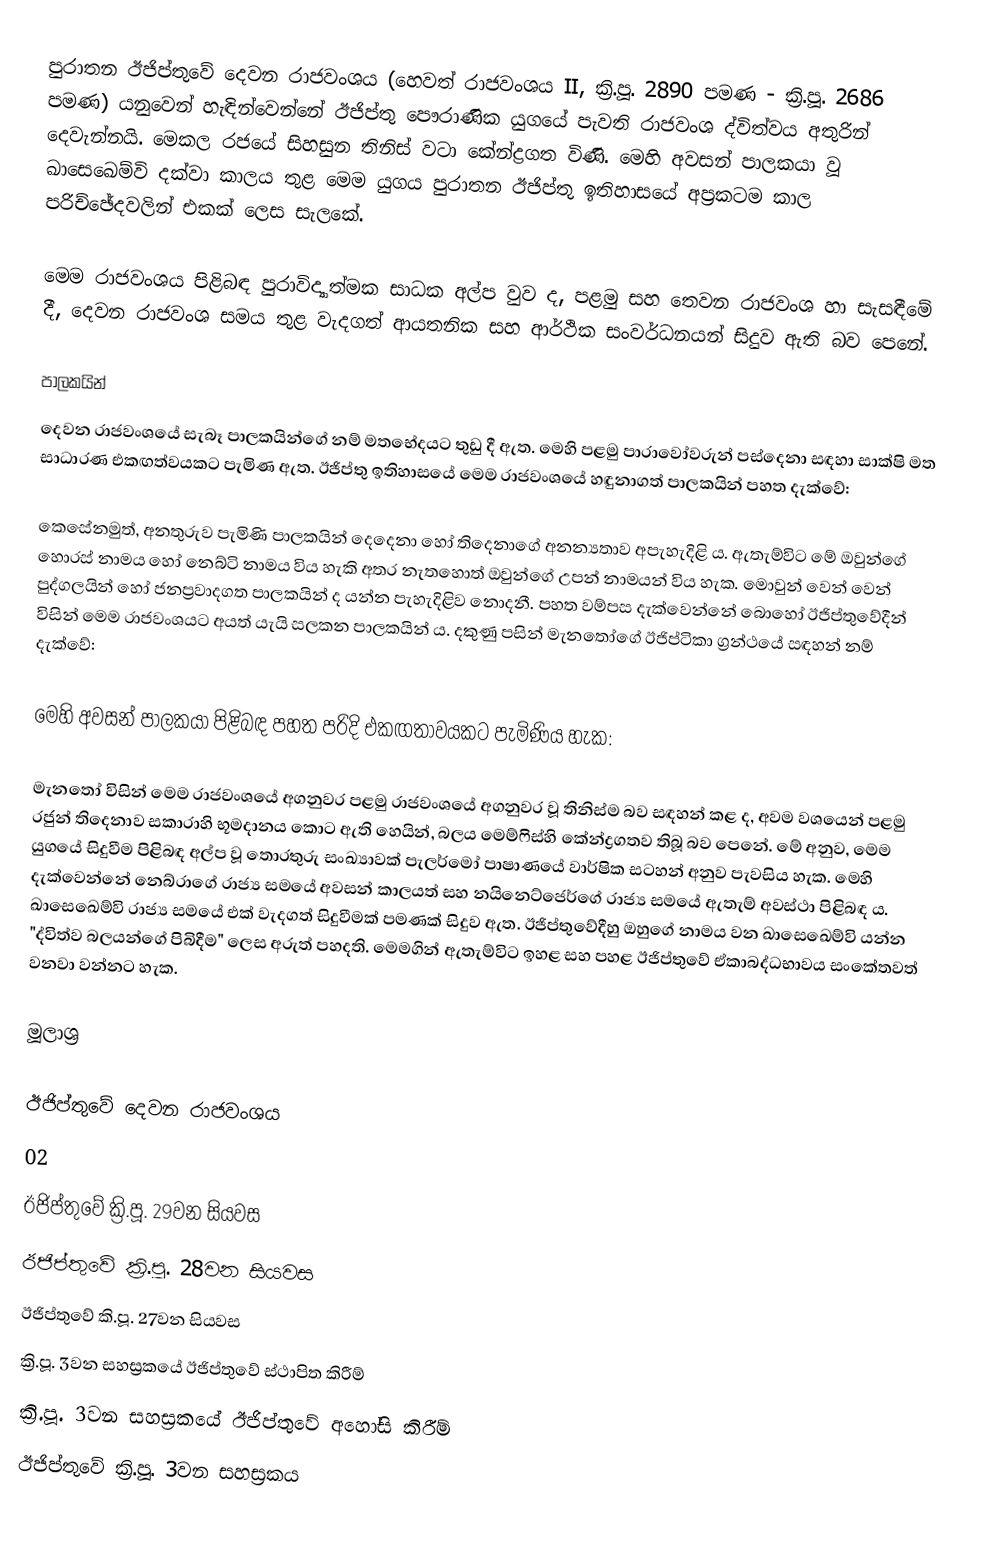
පුරාතන ඊජිප්තුවේ දෙවන රාජවංශය (හෙවත් රාජවංශය II, ක්‍රි.පූ. 2890 පමණ - ක්‍රි.පූ. 2686 පමණ) යනුවෙන් හැඳින්වෙන්නේ ඊජිප්තු පෞරාණික යුගයේ පැවති රාජවංශ ද්විත්වය අතුරින් දෙවැන්නයි. මෙකල රජයේ සිහසුන තිනිස් වටා කේන්ද්‍රගත විණි. මෙහි අවසන් පාලකයා වූ ඛාසෙඛෙම්වි දක්වා කාලය තුළ මෙම යුගය පුරාතන ඊජිප්තු ඉතිහාසයේ අප්‍රකටම කාල පරිච්ඡේදවලින් එකක් ලෙස සැලකේ.

මෙම රාජවංශය පිළිබඳ පුරාවිද්‍යාත්මක සාධක අල්ප වුව ද, පළමු සහ තෙවන රාජවංශ හා සැසඳීමේ දී, දෙවන රාජවංශ සමය තුළ වැදගත් ආයතනික සහ ආර්ථික සංවර්ධනයන් සිදුව ඇති බව පෙනේ.

පාලකයින්
දෙවන රාජවංශයේ සැබෑ පාලකයින්ගේ නම් මතභේදයට තුඩු දී ඇත. මෙහි පළමු පාරාවෝවරුන් පස්දෙනා සඳහා සාක්ෂි මත සාධාරණ එකඟත්වයකට පැමිණ ඇත. ඊජිප්තු ඉතිහාසයේ මෙම රාජවංශයේ හඳුනාගත් පාලකයින් පහත දැක්වේ:

කෙසේනමුත්, අනතුරුව පැමිණි පාලකයින් දෙදෙනා හෝ තිදෙනාගේ අනන්‍යතාව අපැහැදිළි ය. ඇතැම්විට මේ ඔවුන්ගේ හොරස් නාමය හෝ නෙබ්ටි නාමය විය හැකි අතර නැතහොත් ඔවුන්ගේ උපන් නාමයන් විය හැක. මොවුන් වෙන් වෙන් පුද්ගලයින් හෝ ජනප්‍රවාදගත පාලකයින් ද යන්න පැහැදිළිව නොදනී. පහත වම්පස දැක්වෙන්නේ බොහෝ ඊජිප්තුවේදීන් විසින් මෙම රාජවංශයට අයත් යැයි සලකන පාලකයින් ය. දකුණු පසින් මැනතෝගේ ඊජිප්ටිකා ග්‍රන්ථයේ සඳහන් නම් දැක්වේ:

මෙහි අවසන් පාලකයා පිළිබඳ පහත පරිදි එකඟතාවයකට පැමිණිය හැක:

මැනතෝ විසින් මෙම රාජවංශයේ අගනුවර පළමු රාජවංශයේ අගනුවර වූ තිනිස්ම බව සඳහන් කළ ද, අවම වශයෙන් පළමු රජුන් තිදෙනාව සකාරාහි භූමදානය කොට ඇති හෙයින්, බලය මෙම්ෆිස්හි කේන්ද්‍රගතව තිබූ බව පෙනේ. මේ අනුව, මෙම යුගයේ සිදුවීම පිළිබඳ අල්ප වූ තොරතුරු සංඛ්‍යාවක් පැලර්මෝ පාෂාණයේ වාර්ෂික සටහන් අනුව පැවසිය හැක. මෙහි දැක්වෙන්නේ නෙබ්රාගේ රාජ්‍ය සමයේ අවසන් කාලයත් සහ නයිනෙට්ජෙර්ගේ රාජ්‍ය සමයේ ඇතැම් අවස්ථා පිළිබඳ ය. ඛාසෙඛෙම්වි රාජ්‍ය සමයේ එක් වැදගත් සිදුවීමක් පමණක් සිදුව ඇත. ඊජිප්තුවේදීහු ඔහුගේ නාමය වන ඛාසෙඛෙම්වි යන්න "ද්විත්ව බලයන්ගේ පිබිදීම" ලෙස අරුත් පහදති. මෙමගින් ඇතැම්විට ඉහළ සහ පහළ ඊජිප්තුවේ ඒකාබද්ධභාවය සංකේතවත් වනවා වන්නට හැක.

මූලාශ්‍ර

ඊජිප්තුවේ දෙවන රාජවංශය
02
ඊජිප්තුවේ ක්‍රි.පූ. 29වන සියවස
ඊජිප්තුවේ ක්‍රි.පූ. 28වන සියවස
ඊජිප්තුවේ කි.පූ. 27වන සියවස
ක්‍රි.පූ. 3වන සහස්‍රකයේ ඊජිප්තුවේ ස්ථාපිත කිරීම්
ක්‍රි.පූ. 3වන සහස්‍රකයේ ඊජිප්තුවේ අහෝසි කිරීම්
ඊජිප්තුවේ ක්‍රි.පූ. 3වන සහස්‍රකය